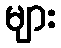
များ